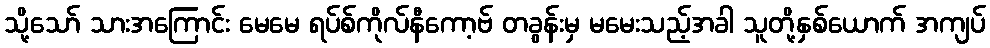
သို့သော် သားအကြောင်း မေမေ ရပ်စ်ကိုလ်နီကော့ဗ် တခွန်းမှ မမေးသည့်အခါ သူတို့နှစ်ယောက် အကျပ်